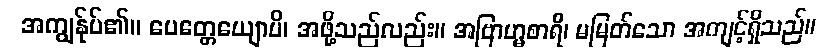
အကျွန်ုပ်၏။ ပေတ္တေယျောပိ၊ အဖို့သည်လည်း။ အဗြာဟ္မစာရီ၊ မမြတ်သော အကျင့်ရှိသည်။